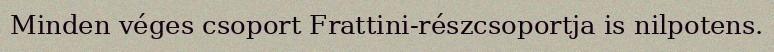
Minden véges csoport Frattini-részcsoportja is nilpotens.